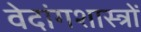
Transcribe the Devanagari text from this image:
वेदांगशास्त्रों